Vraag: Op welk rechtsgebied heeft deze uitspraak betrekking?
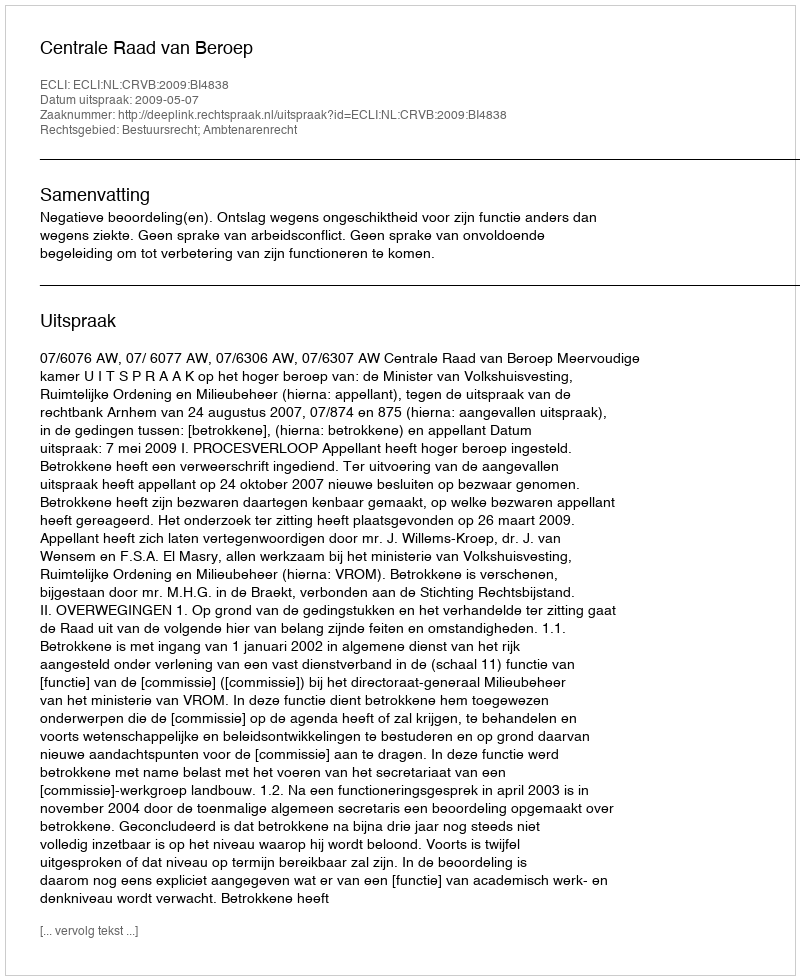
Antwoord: Bestuursrecht; Ambtenarenrecht